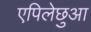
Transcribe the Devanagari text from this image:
एपिलेछुआ